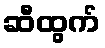
ဆီထွက်